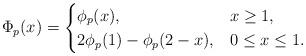
LaTeX: \begin{align*}\Phi_p(x)=\begin{cases} \phi_p(x), & x\geq 1,\\ 2\phi_p(1)-\phi_p(2-x), & 0\leq x\leq 1.\end{cases}\end{align*}